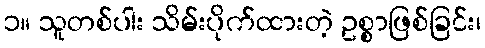
၁။ သူတစ်ပါး သိမ်းပိုက်ထားတဲ့ ဥစ္စာဖြစ်ခြင်း၊